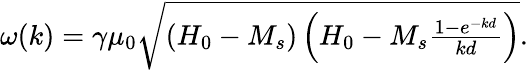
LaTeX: \begin{array}{r}{\omega(k)=\gamma\mu_{0}\sqrt{\left(H_{0}-M_{s}\right)\left(H_{0}-M_{s}\frac{1-e^{-kd}}{kd}\right)}.}\end{array}